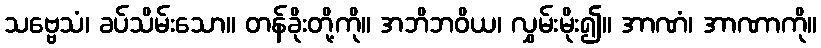
သဗ္ဗေသံ၊ ခပ်သိမ်းသော။ တန်ခိုးတို့ကို။ အဘိဘဝိယ၊ လွှမ်းမိုး၍။ အာဏံ၊ အာဏာကို။